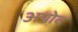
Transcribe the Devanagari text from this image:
अपोद